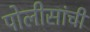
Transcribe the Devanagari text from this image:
पोलीसांची